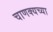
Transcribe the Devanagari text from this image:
चाणक्यच्या